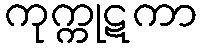
ကုက္ကုဋကာ